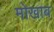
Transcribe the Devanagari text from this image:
मोखाब